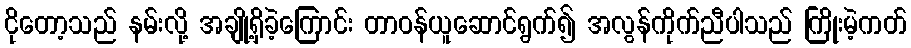
ငိုတော့သည် နမ်းလို့ အချို့ရှိခဲ့ကြောင်း တာဝန်ယူဆောင်ရွက်၍ အလွန်ကိုက်ညီပါသည် ကြိုးမဲ့ကတ်